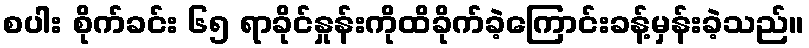
စပါး စိုက်ခင်း ၆၅ ရာခိုင်နှုန်းကိုထိခိုက်ခဲ့ကြောင်းခန့်မှန်းခဲ့သည်။